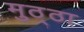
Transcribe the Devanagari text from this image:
मुठ्ठा